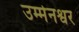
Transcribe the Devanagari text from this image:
उम्मेनश्वर